Vaccination in the Punjab 1897-1904 - 1897-1904
Year: 1897
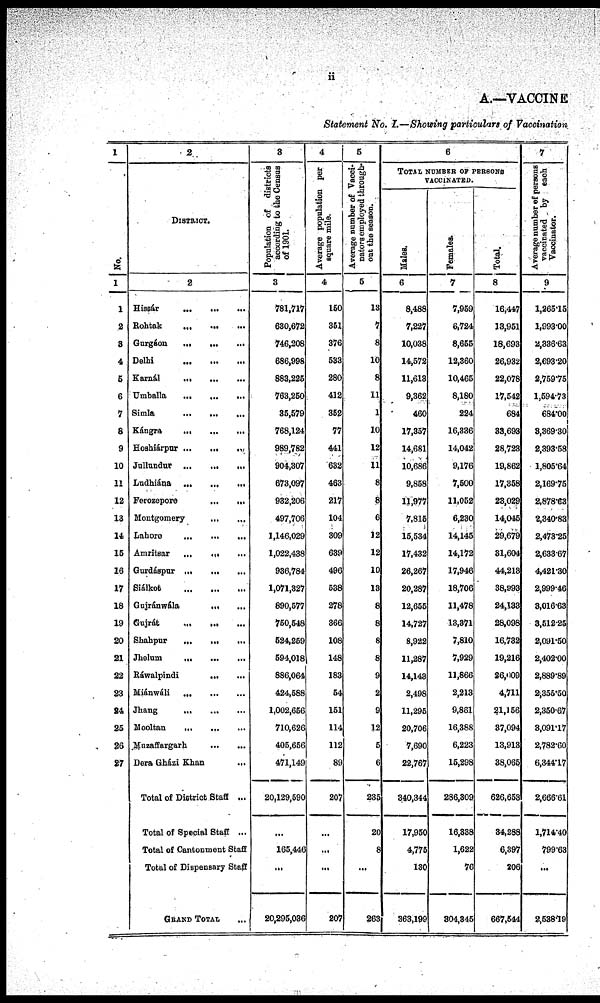
ii
A.—VACCINE
Statement No. I.—Showing particulars of Vaccination
1
No.
1
1
2
3
4
5
6
7
8
9
10
11
12
13
14
15
16
17
18
19
20
21
22
23
24
25
26
27
2
DISTRICT.
2
Hissár
...
...
...
Rohtak
...
...
...
Gurgáon
...
...
...
Delhi
...
...
...
Karnál
...
...
...
Umballa
...
...
...
Simla
...
...
...
Kángra
...
...
...
Hoshiárpur
...
...
...
Jullundur
...
...
...
Ludhiána
...
...
...
Ferozepore
...
...
...
Montgomery
...
...
...
Lahore
...
...
...
Amritsar ... ... ...
Gurdáspur
...
...
...
Siálkot
...
...
...
Gujránwála ... ... ...
Gujrát
...
...
...
Shahpur
...
...
...
Jhelum
...
...
...
Ráwalpindi
...
...
...
Miánwáli
...
...
...
Jhang
...
...
...
Mooltan
...
...
...
Muzaffargarh ... ... ...
Dera Gházi Khan
...
Total of District Staff ...
Total of Special Staff ...
Total of Cantonment Staff
Total of Dispensary Staff
GRAND TOTAL ...
3
Population of districts
according to the Census
of 1901.
3
781,717
630,672
746,208
686,998
883,225
763,250
35,579
768,124
989,782
904,307
673,097
932,206
497,706
1,146,029
1,022,438
936,784
1,071,327
890,577
750,548
524,259
594,018
886,064
424,588
1,002,656
710,626
405,656
471,149
20,129,590
...
165,446
...
20,295,036
4
Average population per
square mile.
4
150
351
376
533
280
412
352
77
441
632
463
217
104
309
639
496
538
278
366
108
148
183
54
151
114
112
89
207
...
...
...
207
5
Average number of Vacci¬
nators employed through-
out the season.
5
13
7
8
10
8
11
1
10
12
11
8
8
6
12
12
10
13
8
8
8
8
9
2
9
12
5
6
235
20
8
...
263
6
TOTAL NUMBER OF PERSONS
VACCINATED.
Males.
6
8,488
7,227
10,038
14,572
11,613
9,362
460
17,357
14,681
10,686
9,858
11,977
7,815
15,534
17,432
26,267
20,287
12,655
14,727
8,922
11,287
14,143
2,498
11,295
20,706
7,690
22,767
340,344
17,950
4,775
130
363,199
Females.
7
7,959
6,724
8,655
12,360
10,465
8,180
224
16,336
14,042
9,176
7,500
11,052
6,230
14,145
14,172
17,946
18,706
11,478
13,371
7,810
7,929
11,866
2,213
9,861
16,388
6,223
15,298
286,309
16,338
1,622
76
304,345
Total.
8
16,447
13,951
18,693
26,932
22,078
17,542
684
33,693
28,723
19,862
17,358
23,029
14,045
29,679
31,604
44,213
38,993
24,133
28,098
16,732
19,216
26,009
4,711
21,156
37,094
13,913
38,065
626,653
34,288
6,397
206
667,544
7
Average number of persons
vaccinated by each
Vaccinator.
9
1,265.15
1,993.00
2,336.63
2,693.20
2,759.75
1,594.73
684.00
3,369.30
2,393.58
1,805.64
2,169.75
2,878.63
2,340.83
2,473.25
2,633.67
4,421.30
2,999.46
3,016.63
3,512.25
2,091.50
2,402.00
2,889.89
2,355.50
2,350.67
3,091.17
2,782.60
6,344.17
2,666.61
1,714.40
799.63
...
2,538.19